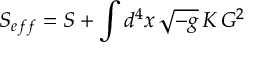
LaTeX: S _ { e f f } = S + \int d ^ { 4 } x \, \sqrt { - g } \, { \cal K } \, { \cal G } ^ { 2 }